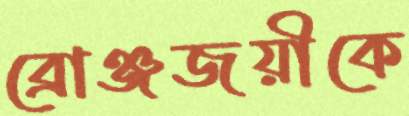
ব্রোঞ্জজয়ীকে